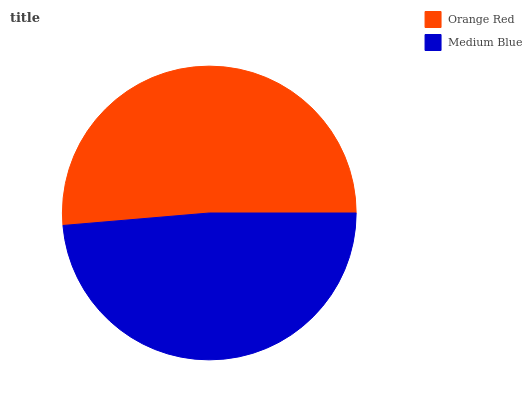
| Orange Red | Medium Blue |
 | --- | --- |
 | 51.4% | 48.6% |